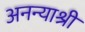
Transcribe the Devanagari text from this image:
अनन्याश्री